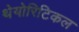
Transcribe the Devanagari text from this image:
थेयोरिटिकल